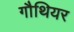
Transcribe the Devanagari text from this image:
गौथियर